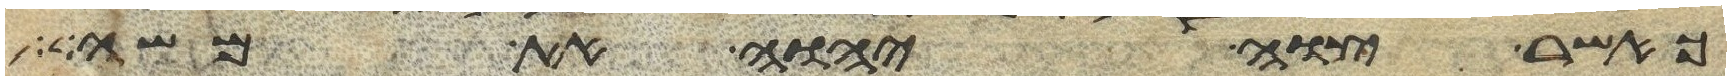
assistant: כאשר צוה יהוה את משה